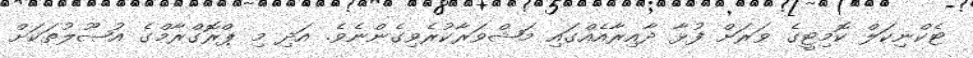
ޓެކްނިކަލް ކޮމިޓީގެ ވަރަށް ފުޅާ ދާއިރާއެއްގައި މަޝްވަރާކުރެވިގެންނެވެ. އަދި މި ޕްރޮގްރާމްގެ އުޞޫލުތަކަށް